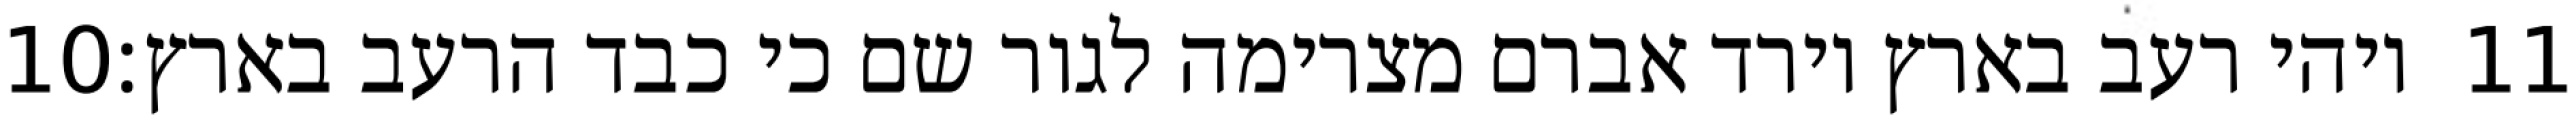
‎10‏ ויהי רעב בארץ וירד אברם מצרימה לגור שם כי כבד הרעב בארץ׃ ‎11‏